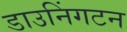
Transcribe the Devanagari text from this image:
डाउनिंगटन